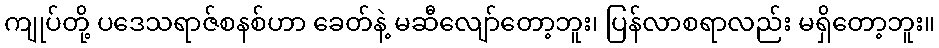
ကျုပ်တို့ ပဒေသရာဇ်စနစ်ဟာ ခေတ်နဲ့ မဆီလျော်တော့ဘူး၊ ပြန်လာစရာလည်း မရှိတော့ဘူး။